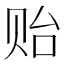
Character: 贻